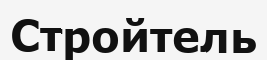
Стройтель